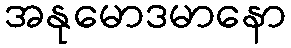
အနုမောဒမာနော